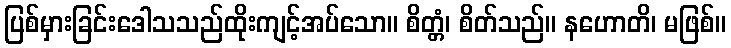
ပြစ်မှားခြင်းဒေါသသည်ထိုးကျင့်အပ်သော။ စိတ္တံ၊ စိတ်သည်။ နဟောတိ၊ မဖြစ်။